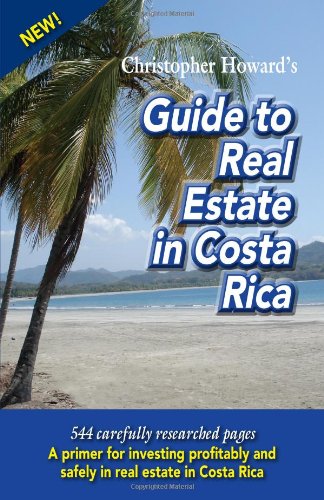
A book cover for Christopher Howard's Guide to Real Estate in Costa Rica; Lindsey Whipp; Travel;